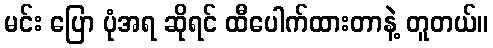
မင်း ပြော ပုံအရ ဆိုရင် ထီပေါက်ထားတာနဲ့ တူတယ်။